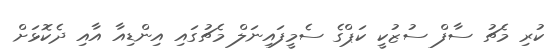
ކުރި މެޗު ސާފް ސުޒުކީ ކަޕްގެ ސެމީފައިނަލް މެޗުގައި އިންޑިއާ އާއި ދެކޮޅަށް